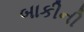
બાકીની